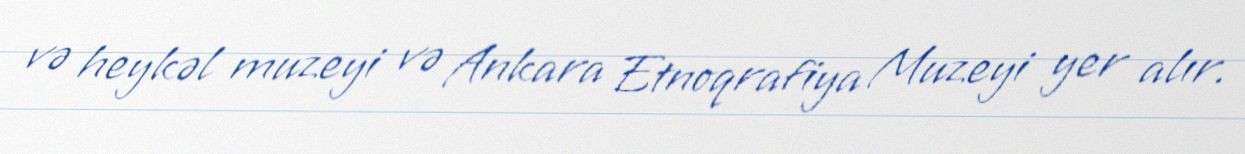
və heykəl muzeyi və Ankara Etnoqrafiya Muzeyi yer alır.